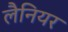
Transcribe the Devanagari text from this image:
लैनियर